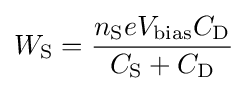
W_{\rm {S}}={\frac {n_{\rm {S}}eV_{\rm {bias}}C_{\rm {D}}}{C_{\rm {S}}+C_{\rm {D}}}}